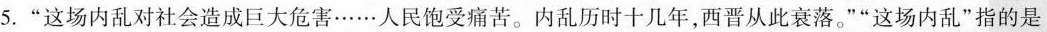
5.”这场内乱对社会造成巨大危害……人民饱受痛苦。内乱历时十几年，西晋从此衰落。””这场内乱”指的是